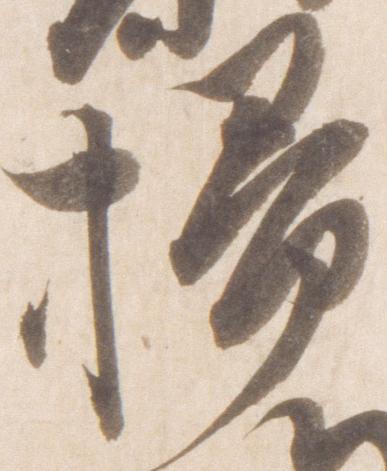
掃